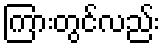
ကြားတွင်လည်း